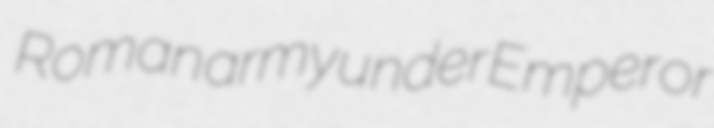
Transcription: Roman army under Emperor